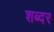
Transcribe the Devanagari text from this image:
शब्दर